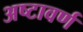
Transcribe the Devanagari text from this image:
अष्टावर्ण